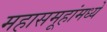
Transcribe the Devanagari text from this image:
महासमूहांमध्ये